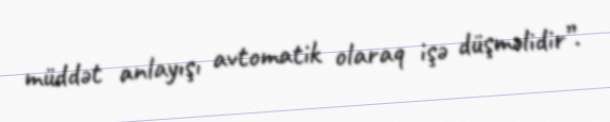
müddət anlayışı avtomatik olaraq işə düşməlidir”.